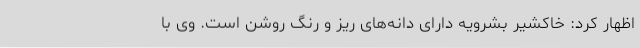
اظهار کرد: خاکشیر بشرویه دارای دانه‌های ریز و رنگ روشن است. وی با